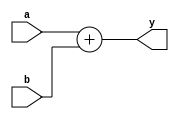
`timescale 1ns / 1ps
//////////////////////////////////////////////////////////////////////////////////
// Company: 
// Engineer: 
// 
// Design Name: 
// Module Name: adder
// Project Name: 
// Target Devices: 
// Tool Versions: 
// Description: 
// 
// Dependencies: 
// 
// Revision:
// Revision 0.01 - File Created
// Additional Comments:
// 
//////////////////////////////////////////////////////////////////////////////////


module adder(
    input [31:0] a,b,
    output [31:0] y
    );
    
    assign #1 y=a+b;
    
endmodule